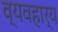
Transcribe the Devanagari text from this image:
व्‍यवहार्य